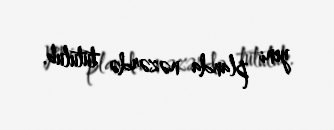
yeni planda nəzərdə tutulub.